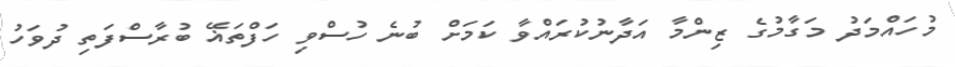
މުހައްމަދު މަގާމުގެ ޒިންމާ އަދާނުކުރައްވާ ކަމަށް ބުނެ ހުސްވި ހަފްތަޣޭ ބުރާސްފަތި ދުވަހު